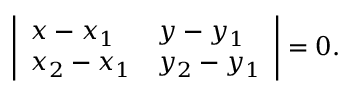
{ \left| \begin{array} { l l } { x - x _ { 1 } } & { y - y _ { 1 } } \\ { x _ { 2 } - x _ { 1 } } & { y _ { 2 } - y _ { 1 } } \end{array} \right| } = 0 .